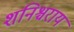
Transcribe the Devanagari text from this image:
शनिश्चराय